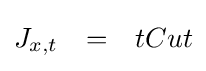
{\begin{matrix}J_{x,t}&=&tCut\\\end{matrix}}